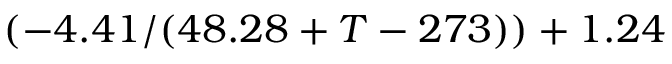
( - 4 . 4 1 / ( 4 8 . 2 8 + T - 2 7 3 ) ) + 1 . 2 4